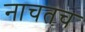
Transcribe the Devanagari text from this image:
नाचतच